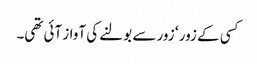
کسی کے زور ‘ زور سے بولنے کی آواز آئی تھی۔